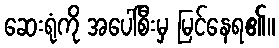
ဆေးရုံကို အပေါ်စီးမှ မြင်နေရ၏။